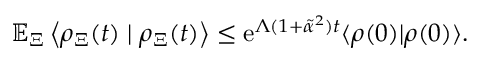
\mathbb { E } _ { \Xi } \left\langle \rho _ { \Xi } ( t ) \mid \rho _ { \Xi } ( t ) \right\rangle \le \mathrm { e } ^ { \Lambda ( 1 + \tilde { \alpha } ^ { 2 } ) t } \langle \rho ( 0 ) | \rho ( 0 ) \rangle .